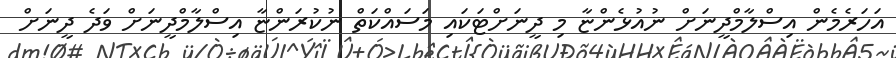
އަހަރެމެން އިސްލާމްދީނަށް ނުއުޅެންޏާ މި ދީނަށްޓަކައި މަސައްކަތް ނުކުރަންޏާ އިސްލާމްދީނަށް ވަދެ ދީނަށް